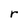
Character: r